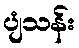
ပျံသန်း